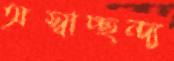
অস্বাচ্ছন্দ্য